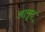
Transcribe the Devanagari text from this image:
आसूद